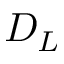
D _ { L }